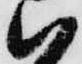
ハ